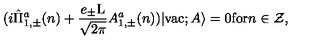
( i \hat { \Pi } _ { 1 , \pm } ^ { a } ( n ) + \frac { e _ { \pm } \mathrm { L } } { \sqrt { 2 \pi } } A _ { 1 , \pm } ^ { a } ( n ) ) | \mathrm { v a c } ; A \rangle = 0 \mathrm { f o r } n \in \cal Z ,